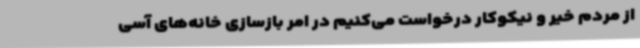
از مردم خیر و نیکوکار درخواست می‌کنیم در امر بازسازی خانه‌های آسی